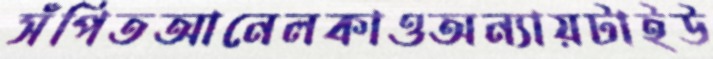
সঁপিতআনেলকাওঅন্যায়টাইউ